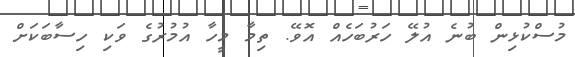
މުސްކުޅިން ބުނެ އުލޭ ހަރުބަހެއް އޮވޭ. ތިމާ މީހާ އުމުރުގެ ވަކި ހިސާބަކަށް